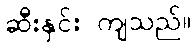
ဆီးနှင်း ကျသည်။